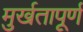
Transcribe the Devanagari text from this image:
मुर्खतापूर्ण